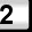
Digit: 2